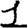
Digit: 1